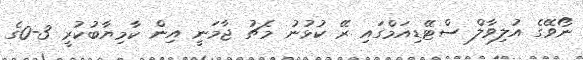
ނޯވޭގެ އުލިވާލް ސްޓޭޑިއަމްގައި ރޭ ކުޅުނު މެޗު ޖާމަނީ އިން ކާމިޔާބުކުރީ 3-0ގެ